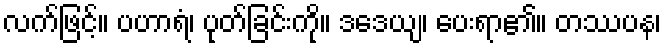
လက်ဖြင့်။ ပဟာရံ၊ ပုတ်ခြင်းကို။ ဒဒေယျ၊ ပေးရာ၏။ တဿပန၊